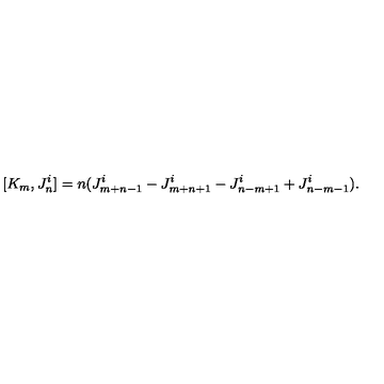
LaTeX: [ K _ { m } , J _ { n } ^ { i } ] = n ( J _ { m + n - 1 } ^ { i } - J _ { m + n + 1 } ^ { i } - J _ { n - m + 1 } ^ { i } + J _ { n - m - 1 } ^ { i } ) .